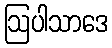
ဩပါသာဒေ